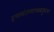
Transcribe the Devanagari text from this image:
हणमंतामामाकडूनच